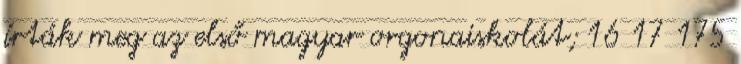
írták meg az első magyar orgonaiskolát; 16 17 175